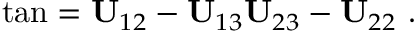
\tan \b = { { \bf U } _ { 1 2 } - { \bf U } _ { 1 3 } \o { \bf U } _ { 2 3 } - { \bf U } _ { 2 2 } } \ .